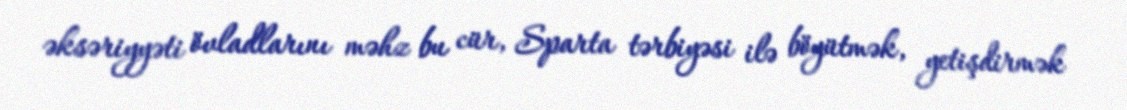
əksəriyyəti övladlarını məhz bu cür, Sparta tərbiyəsi ilə böyütmək, yetişdirmək